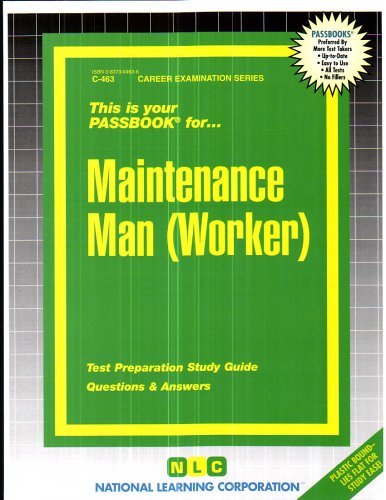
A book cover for Maintenance Man (Worker)(Passbooks); Jack Rudman; Test Preparation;